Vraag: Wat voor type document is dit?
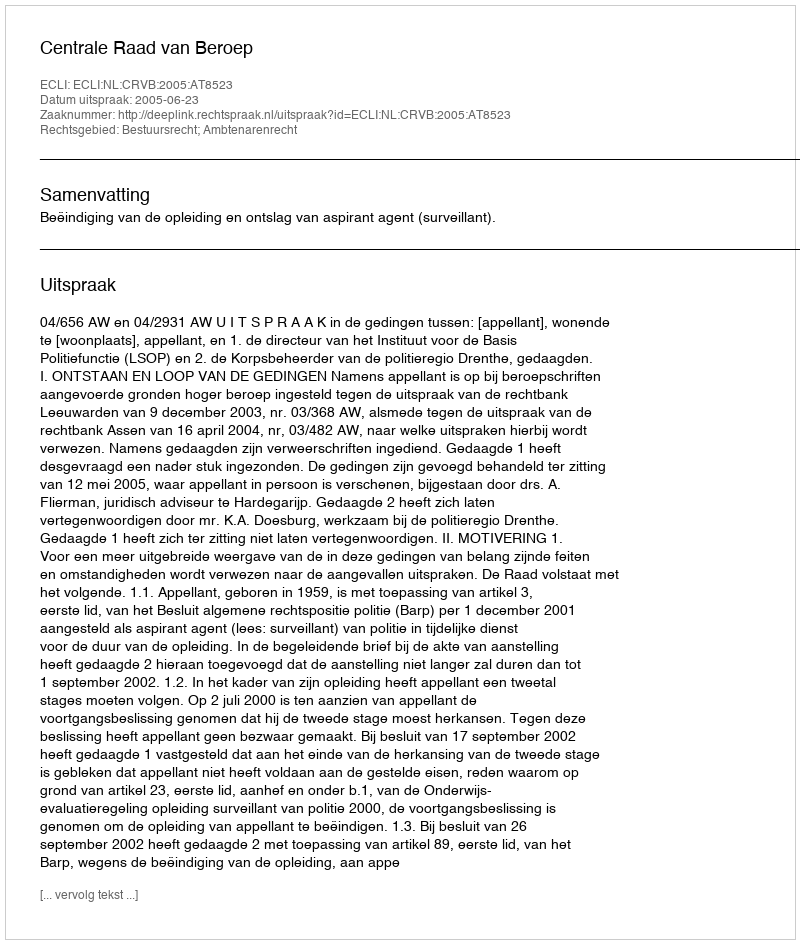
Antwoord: Uitspraak